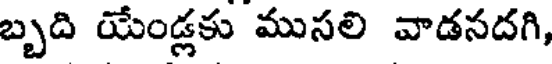
బ్బది యేండ్లకు ముసలి వాడనదగి,